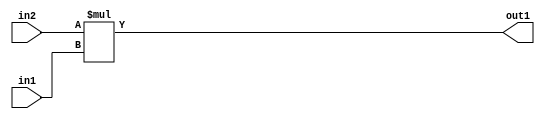
`timescale 1ps / 1ps
/*****************************************************************************
    Verilog RTL Description
    
    
    Created by: Stratus DpOpt 2019.1.01 
*******************************************************************************/

module SobelFilter_Mul_10Ux8U_18U_1 (
	in2,
	in1,
	out1
	); /* architecture "behavioural" */ 
input [9:0] in2;
input [7:0] in1;
output [17:0] out1;
wire [17:0] asc001;

assign asc001 = 
	+(in2 * in1);

assign out1 = asc001;
endmodule

/* CADENCE  ubD3Qws= : u9/ySgnWtBlWxVPRXgAZ4Og= ** DO NOT EDIT THIS LINE ******/